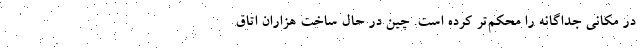
در مکانی جداگانه را محکم‌تر کرده است. چین در حال ساخت هزاران اتاق